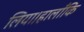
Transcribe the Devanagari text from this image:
लिया।हालाँकि